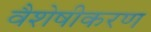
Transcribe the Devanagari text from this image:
वैशेषीकरण